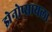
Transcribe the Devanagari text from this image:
झेनोप्सायला